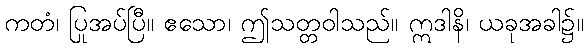
ကတံ၊ ပြုအပ်ပြီ။ ဧသော၊ ဤသတ္တဝါသည်။ ဣဒါနိ၊ ယခုအခါ၌။